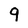
Character: 9